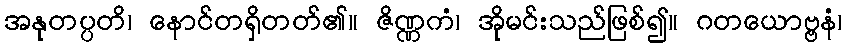
အနုတပ္ပတိ၊ နောင်တရှိတတ်၏။ ဇိဏ္ဏကံ၊ အိုမင်းသည်ဖြစ်၍။ ဂတယောဗ္ဗနံ၊